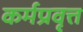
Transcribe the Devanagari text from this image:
कर्मप्रवृत्त